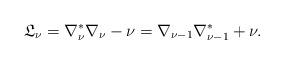
LaTeX: \begin{align*}\mathfrak{L}_\nu = \nabla_{\nu}^{*} \nabla_{\nu} - \nu = \nabla_{\nu-1} \nabla_{\nu-1}^{*} + \nu. \end{align*}